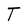
Character: T